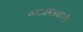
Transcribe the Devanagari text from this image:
नाट्यमंडळाशी